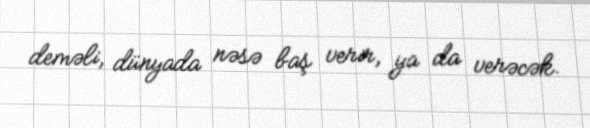
deməli, dünyada nəsə baş verir, ya da verəcək.